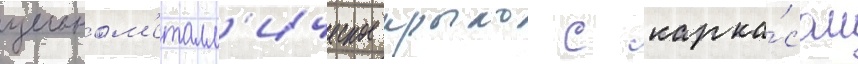
цельном'еталл'ическое крыло с карка́сом